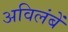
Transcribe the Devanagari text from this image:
अविलंबें